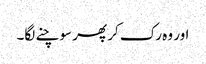
اور وہ رک کر پھر سوچنے لگا۔